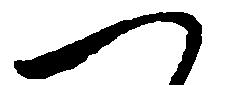
つ